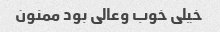
خیلی خوب وعالی بود ممنون